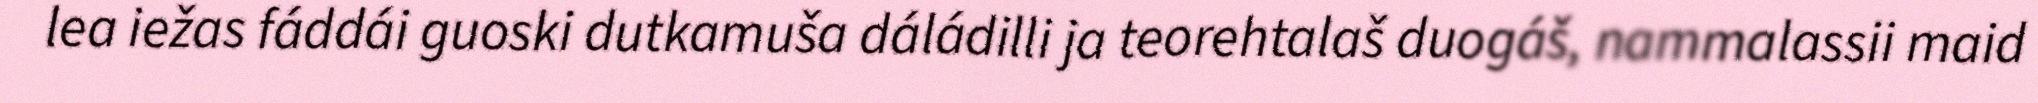
lea iežas fáddái guoski dutkamuša dáládilli ja teorehtalaš duogáš, nammalassii maid